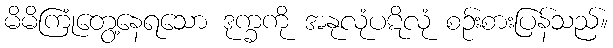
မိမိကြုံတွေ့နေရသော ဒုက္ခကို အနုလုံပဋိလုံ စဉ်းစားပြန်သည်။